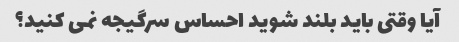
آیا وقتی باید بلند شوید احساس سرگیجه نمی کنید؟